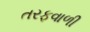
તરફવાળી